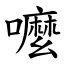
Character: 嚒